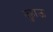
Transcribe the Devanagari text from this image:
झुहाऊ